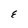
Character: E